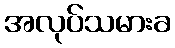
အလုပ်သမားခ